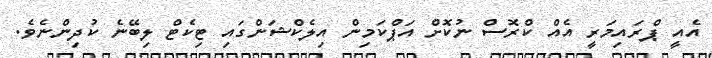
އެއީ ޕްރައިމަރީ އެއް ކްރޮސް ނުކޮށް އަޕްކަމިން އިލެކްޝަންގައި ޓިކެޓް ލިބޭނެ ކުދިންނެވެ.